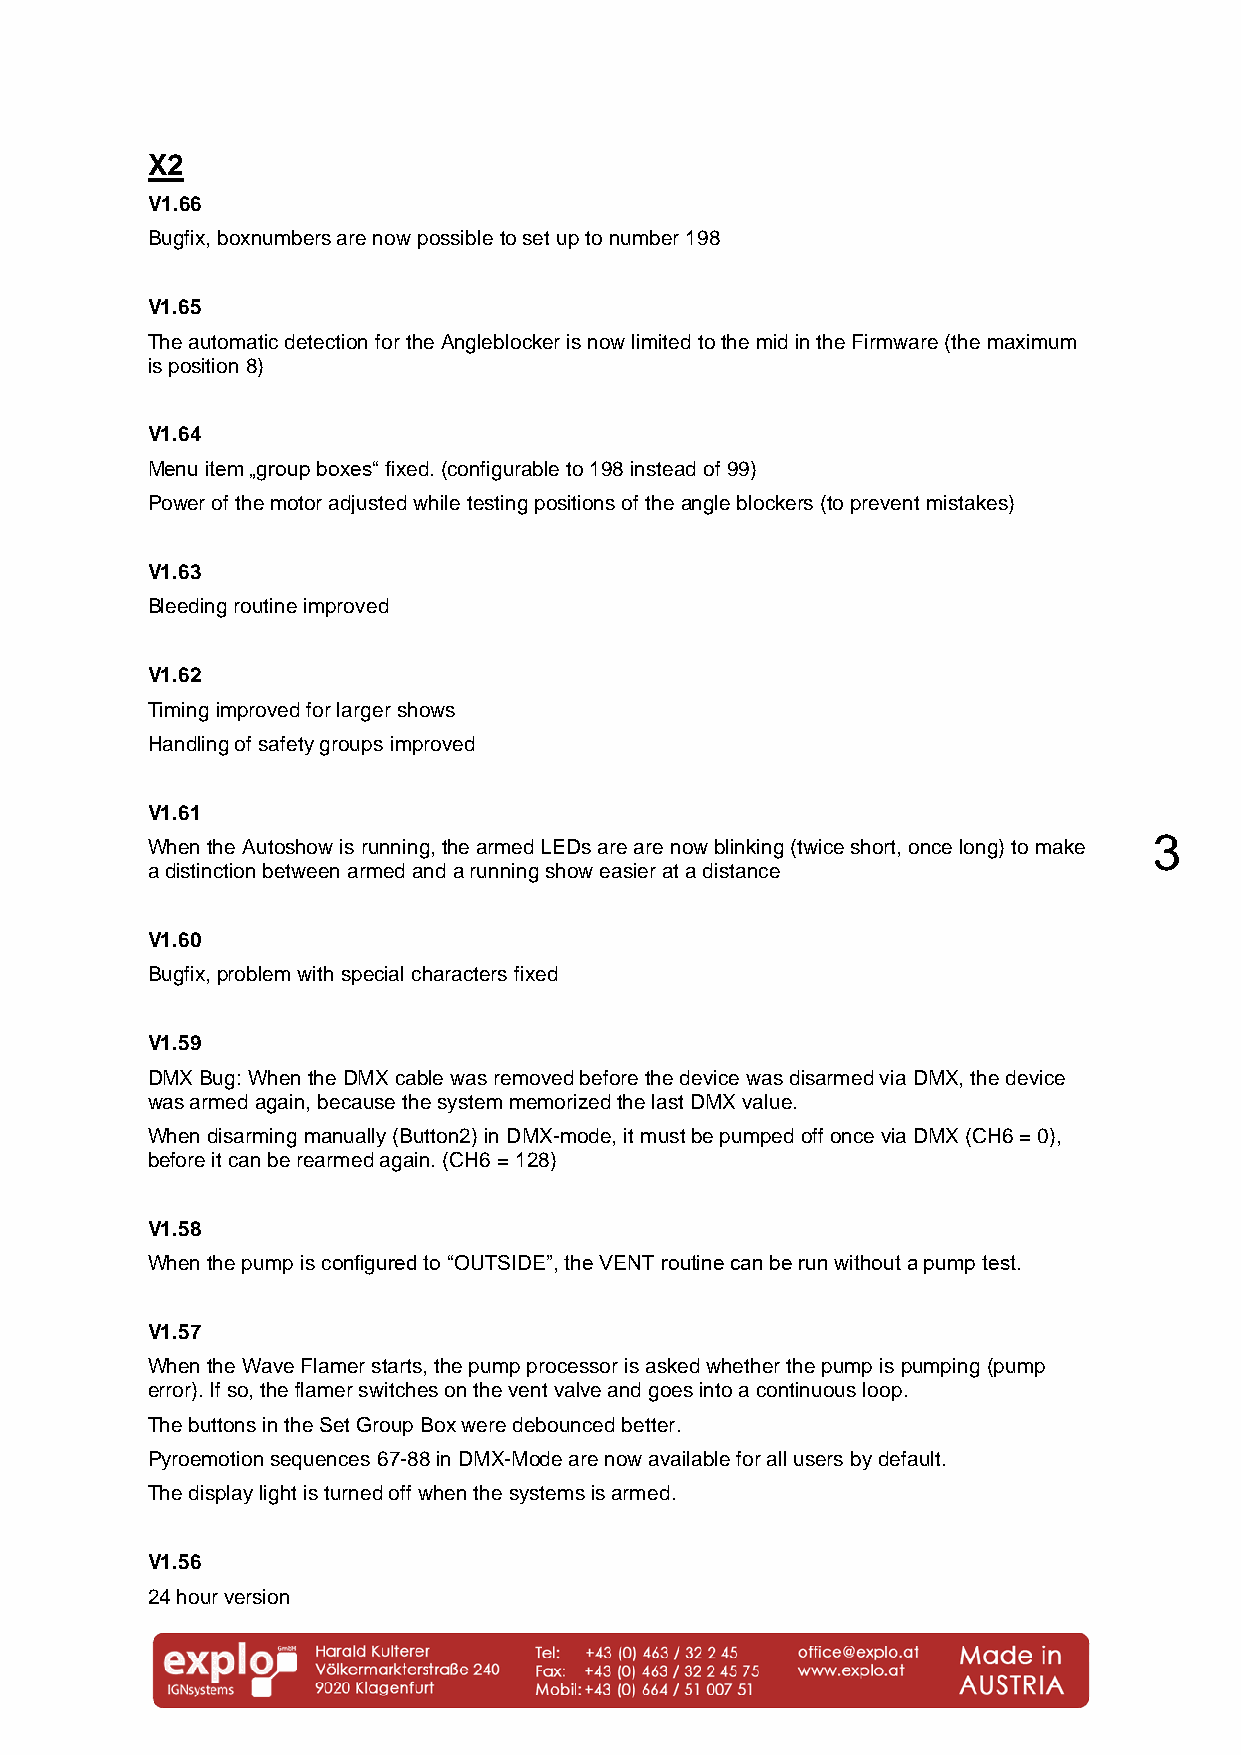
X2
 V1.66
 Bugfix, boxnumbers are now possible to set up to number 198
 V1.65
 The automatic detection for the Angleblocker is now limited to the mid in the Firmware (the maximum
 is position 8)
 V1.64
 Menu item „group boxes“ fixed. (configurable to 198 instead of 99)
 Power of the motor adjusted while testing positions of the angle blockers (to prevent mistakes)
 V1.63
 Bleeding routine improved
 V1.62
 Timing improved for larger shows
 Handling of safety groups improved
 V1.61
 3
 When the Autoshow is running, the armed LEDs are are now blinking (twice short, once long) to make
 a distinction between armed and a running show easier at a distance
 V1.60
 Bugfix, problem with special characters fixed
 V1.59
 DMX Bug: When the DMX cable was removed before the device was disarmed via DMX, the device
 was armed again, because the system memorized the last DMX value.
 When disarming manually (Button2) in DMX-mode, it must be pumped off once via DMX (CH6 = 0),
 before it can be rearmed again. (CH6 = 128)
 V1.58
 When the pump is configured to “OUTSIDE”, the VENT routine can be run without a pump test.
 V1.57
 When the Wave Flamer starts, the pump processor is asked whether the pump is pumping (pump
 error). If so, the flamer switches on the vent valve and goes into a continuous loop.
 The buttons in the Set Group Box were debounced better.
 Pyroemotion sequences 67-88 in DMX-Mode are now available for all users by default.
 The display light is turned off when the systems is armed.
 V1.56
 24 hour version